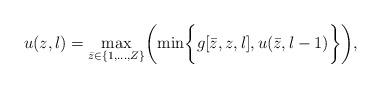
LaTeX: \begin{align*}u(z,l)={\underset{\bar{z} \in \{1,...,Z\}} {\textrm{max}}}\biggl(\textrm{min}\biggl\{g[\bar{z},z,l], u(\bar{z},l-1)\biggr\}\biggr),\end{align*}